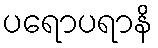
ပရောပရာနိ